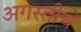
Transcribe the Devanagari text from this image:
अगस्तीचे